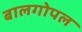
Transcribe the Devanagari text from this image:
बालगोपल